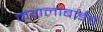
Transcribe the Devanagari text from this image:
मंगलाबाईंचे